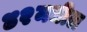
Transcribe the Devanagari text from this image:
४२मधील